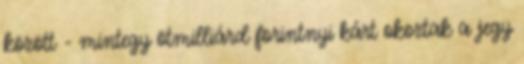
között - mintegy ötmilliárd forintnyi kárt okoztak a jegy